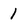
Character: 1